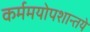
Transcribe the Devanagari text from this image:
कर्ममयोपशान्तये